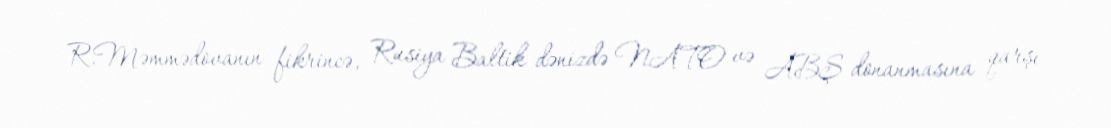
R.Məmmədovanın fikrincə, Rusiya Baltik dənizdə NATO və ABŞ donanmasına qarşı